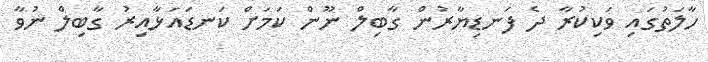
ހާލަތުގައި ވަކިކުރާ ދެ ފަނޑިޔާރުން ގާބިލް ނޫން ކަމަށް ކަނޑައަޅާއިރު ގާބިލް ނުވާ